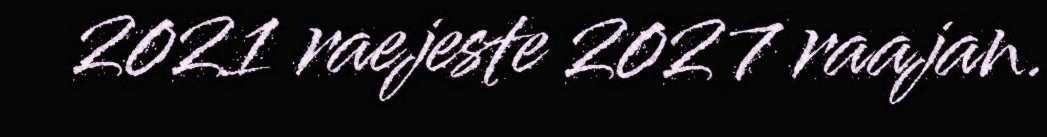
2021 raejeste 2027 raajan.